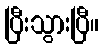
ပြီးသွားပြီ။